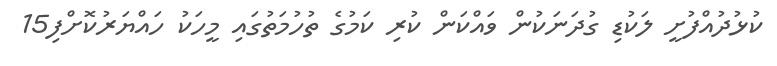
ކުޅުދުއްފުށީ ލަކުޑި ގުދަނަކުން ވައްކަން ކުރި ކަމުގެ ތުހުމަތުގައި މީހަކު ހައްޔަރުކޮށްފި15